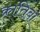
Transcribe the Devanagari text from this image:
क्रांतिबा